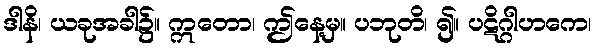
ဒါနိ၊ ယခုအခါ၌။ ဣတော၊ ဤနေ့မှ။ ပဘုတိ၊ ၍။ ပဋိဂ္ဂါဟကေ၊